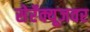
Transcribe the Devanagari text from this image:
सेरॅक्यूजवर